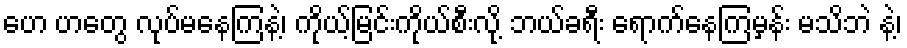
ဟေ ဟတွေ လုပ်မနေကြနဲ့၊ ကိုယ့်မြင်းကိုယ်စီးလို့ ဘယ်ခရီး ရောက်နေကြမှန်း မသိဘဲ နဲ့၊